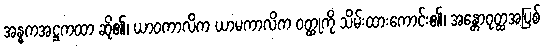
အန္ဓကအဋ္ဌကထာ ဆို၏၊ ယာဝကာလိက ယာမကာလိက ဝတ္ထုကို သိမ်းထားကောင်း၏၊ အန္တောဝုတ္ထအပြစ်